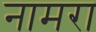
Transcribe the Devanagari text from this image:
नामरा